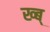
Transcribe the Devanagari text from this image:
ख्ब्